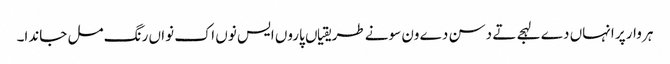
ہر وار پر انہاں دے لہجے تے دسن دے ون سونے طریقیاں پاروں ایس نوں اک نواں رنگ مل جاندا۔